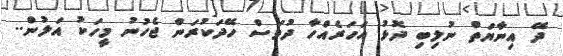
ދޭ އިނާޔަތް ނުލިބި ދޮޅު އަހަރެއްހާ ދުވަސް ހޭދަކުރަން ޖެހުނު މީހަކު އަލުން..